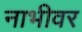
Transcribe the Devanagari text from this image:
नाभीवर